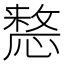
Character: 𢡷